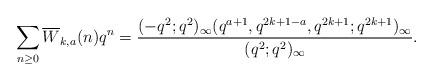
LaTeX: \begin{align*}\sum_{n\geq 0}\overline{W}_{k,a}(n)q^n=\frac{(-q^2;q^2)_\infty(q^{a+1},q^{2k+1-a},q^{2k+1};q^{2k+1})_\infty}{(q^2;q^2)_\infty}.\end{align*}